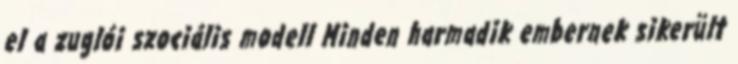
el a zuglói szociális modell Minden harmadik embernek sikerült